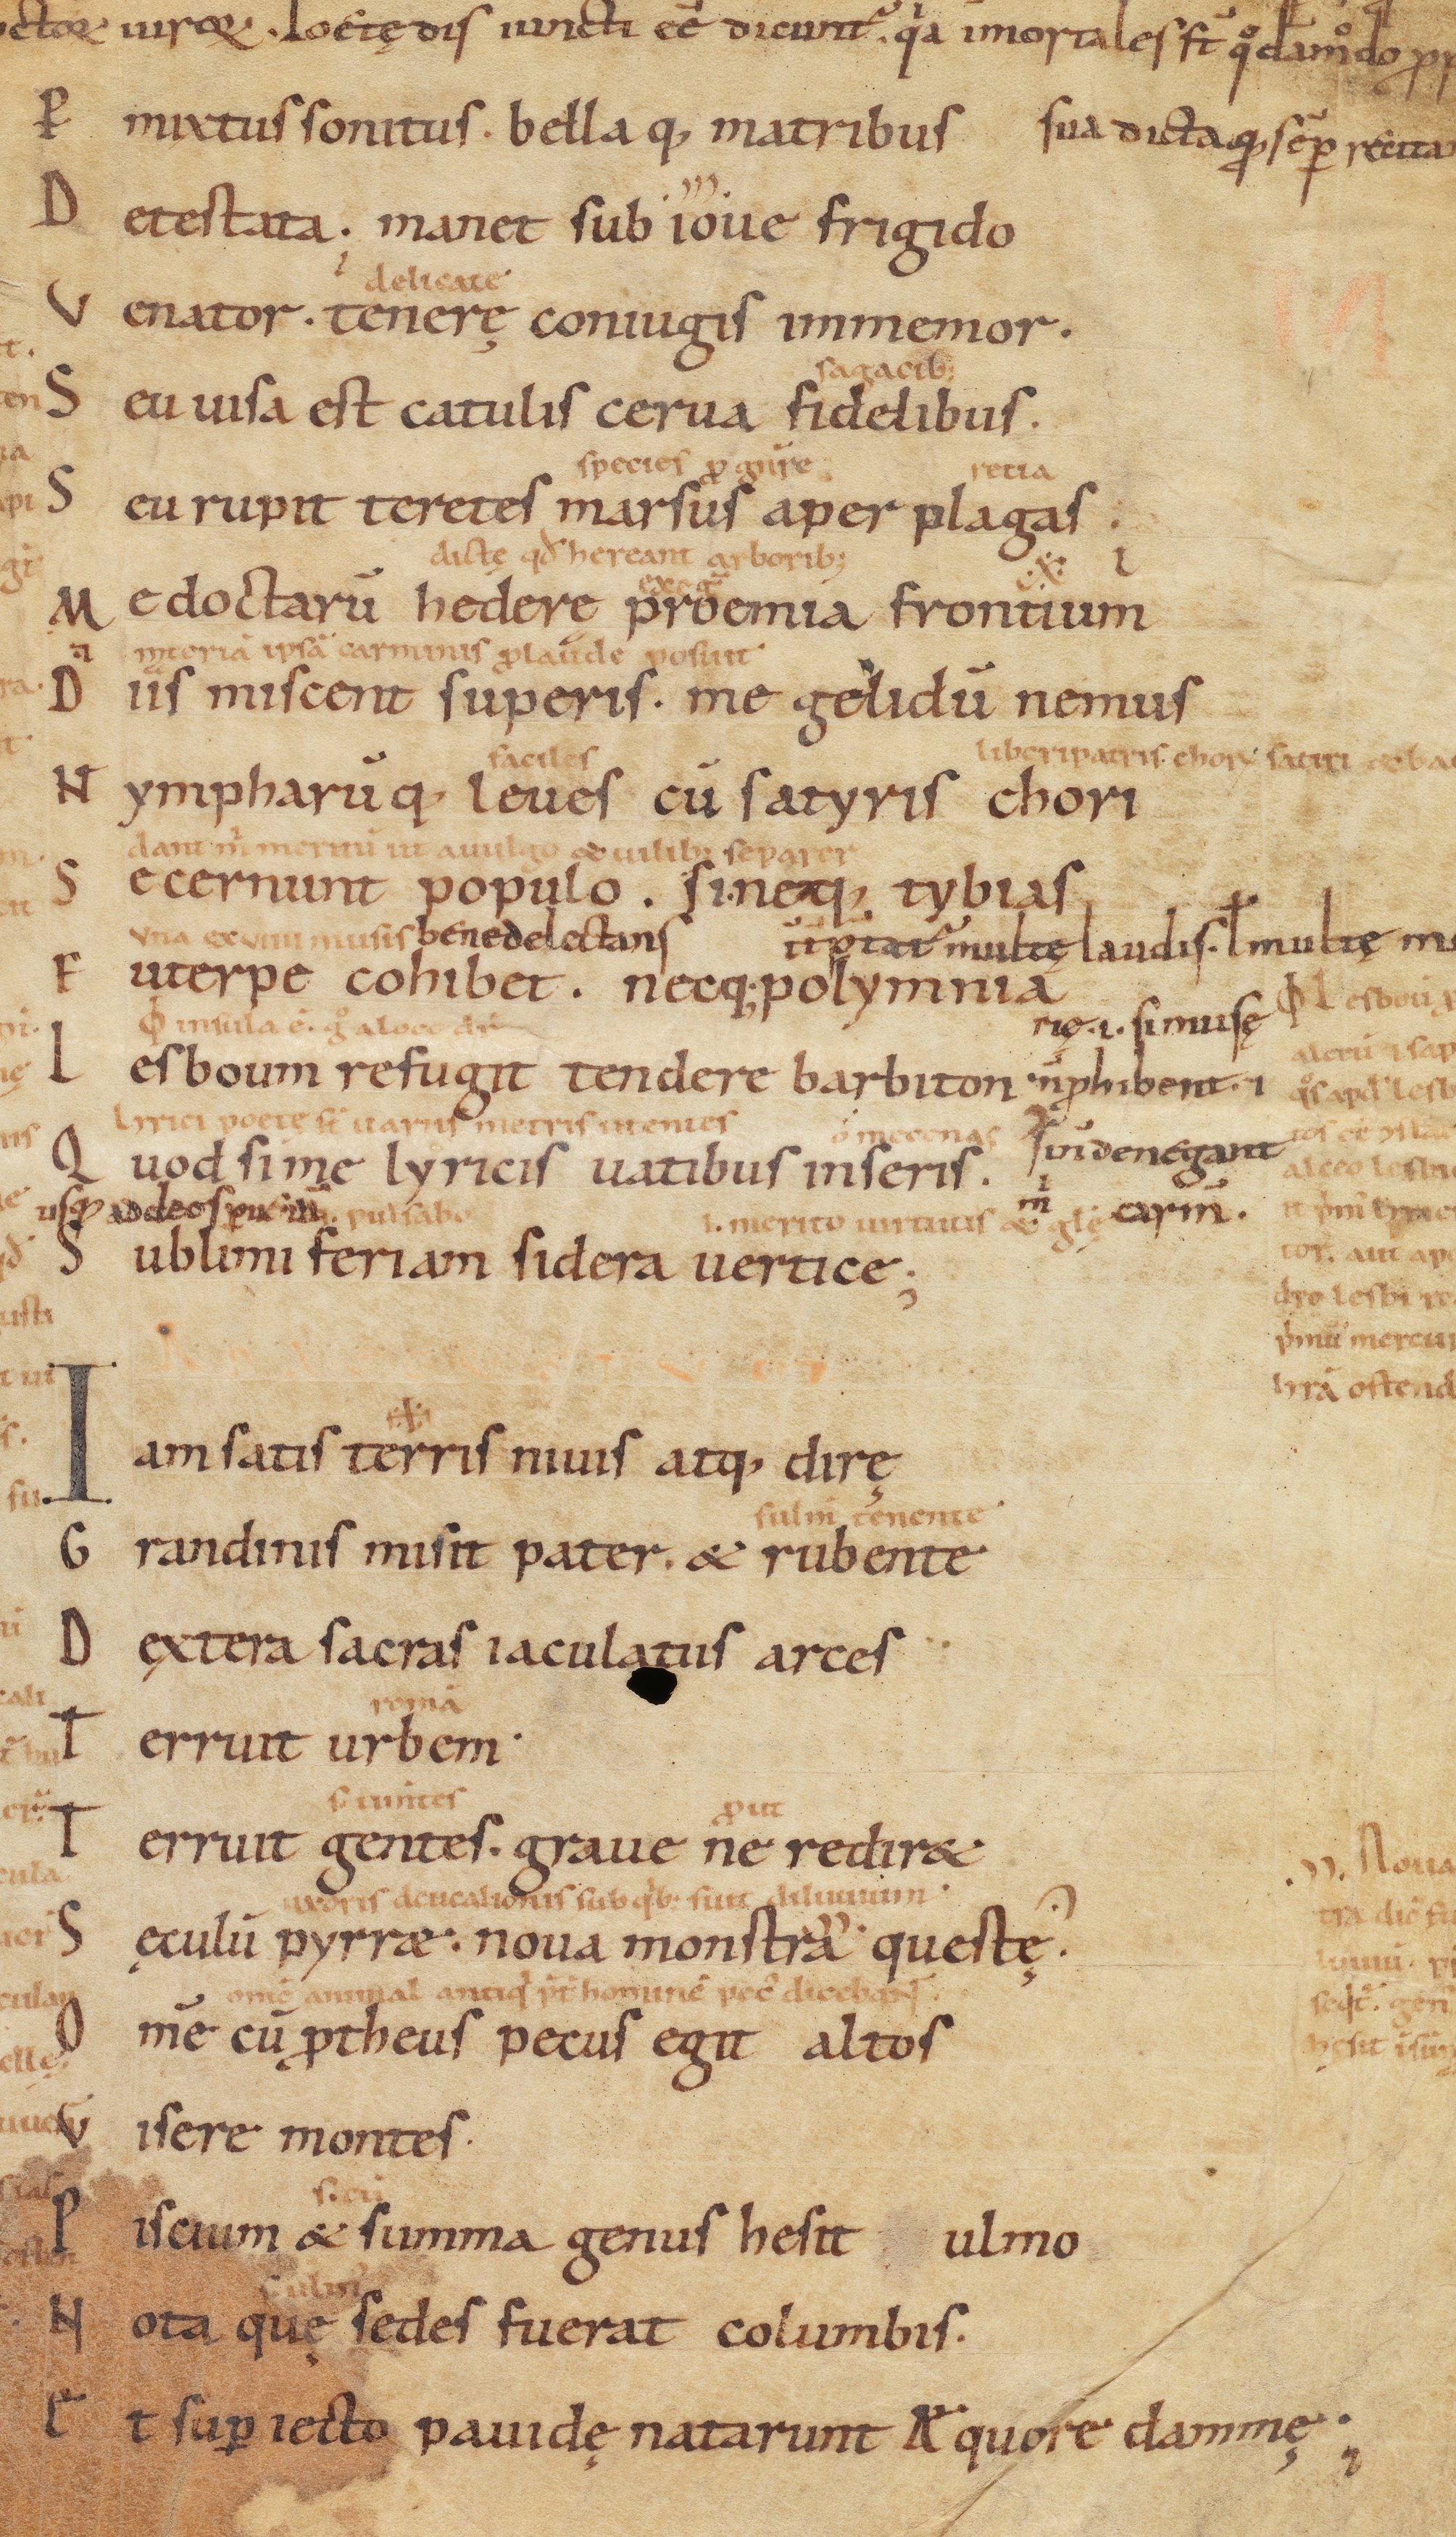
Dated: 900–999